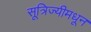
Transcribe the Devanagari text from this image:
सूत्रिज्यीमधून